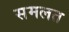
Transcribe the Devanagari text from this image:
समलत